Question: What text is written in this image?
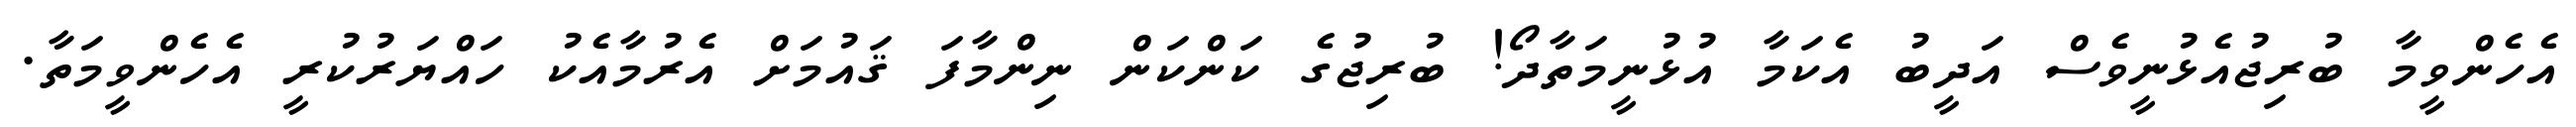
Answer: އެހެންވީމާ ބުރިޖުއެޅުނީވެސް އަދީބު އެކަމާ އުޅުނީމަތާދޯ! ބުރިޖުގެ ކަންކަން ނިންމާފަ ޤައުމަށް އެރުމާއެކު ހައްޔަރުކުރީ އެހެންވީމަތާ.